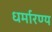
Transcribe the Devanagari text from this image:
धर्मारण्य